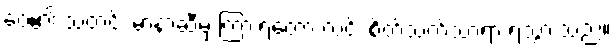
ဝေ၏ သတင်း မာနာ့ဆီမှ ကြားရတော့ လင်း စိတ်သက်သာရာ ရသွားသည်။